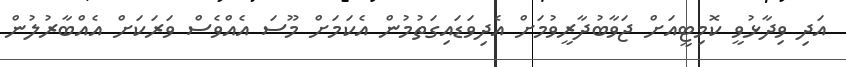
އަދި ވިދާޅުވީ ކޮމިޓީއަށް ޖަވާބުދާރީވުމަށް އެދިވަޑައިގަތުމުން އެކަމަށް މޫސަ އެއްވެސް ވަރަކަށް އެއްބާރުލުން